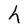
Character: h